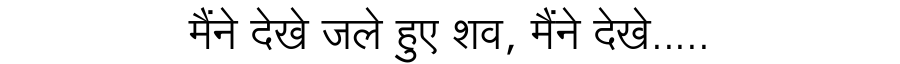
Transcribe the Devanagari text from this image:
मैंने देखे जले हुए शव, मैंने देखे.....